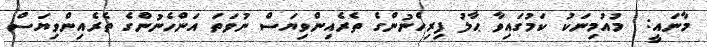
މާނައީ:  މުއުމިނަކު ކަމުގައިވާ ޙާލު ފިރިހެނުންގެ ތެރެއިންވިޔަސް ނުވަތަ އަންހެނުންގެ ތެރެއިންވިޔަސް